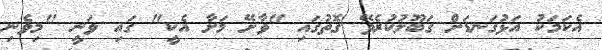
އެކަމަކު އަޅުގަނޑަށް ގަބޫލުކުރެވޭ ގޮތުގައި "ވާށޭ މަށާ އެކީ" ގައި ވަނީ "މިވެނި